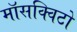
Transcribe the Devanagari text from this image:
माॅसक्विटो